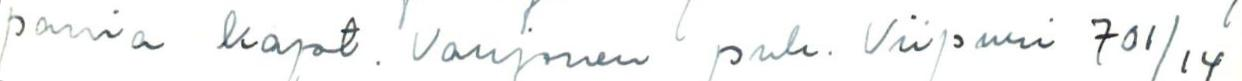
pania kapt. Varjonen puh. Viipuri 701/14